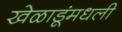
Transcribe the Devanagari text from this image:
खेळाडूंमधली